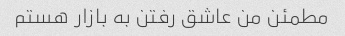
مطمئن من عاشق رفتن به بازار هستم